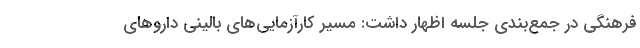
فرهنگی در جمع‌بندی جلسه اظهار داشت: مسیر کارآزمایی‌های بالینی داروهای